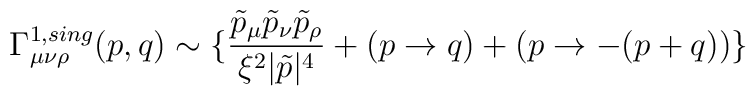
\Gamma^{1, sing}_{\mu \nu \rho}(p,q) \sim \{ \frac{\tilde{p}_{\mu} \tilde{p}_{\nu}  \tilde{p}_{\rho}}{\xi^2|\tilde{p}|^4}+ (p \rightarrow q)+(p \rightarrow  -(p+q)) \}